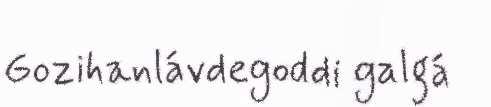
Gozihanlávdegoddi galgá